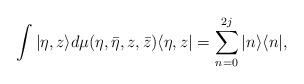
LaTeX: \begin{align*}\int \vert \eta , z \rangle d\mu (\eta ,\bar \eta, z, \bar z )\langle \eta , z \vert = \sum_{n = 0}^{2j} \vert n \rangle \langle n \vert,\end{align*}